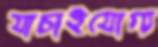
যাচাইযোগ্য